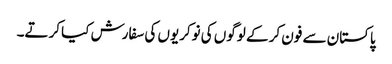
پاکستان سے فون کر کے لوگوں کی نوکریوں کی سفارش کیا کرتے۔